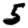
Digit: 5